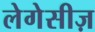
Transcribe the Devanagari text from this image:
लेगेसीज़